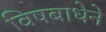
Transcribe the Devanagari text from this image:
विषबाधेने